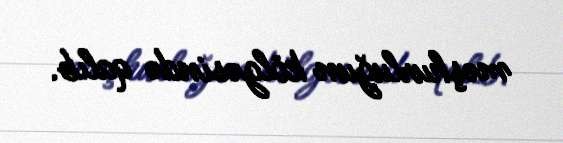
məşhurluğun kölgəsində qalıb.